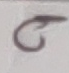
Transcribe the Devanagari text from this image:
ढ